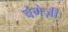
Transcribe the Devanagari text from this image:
चंगेज़ी